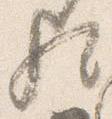
歟